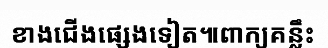
ខាងជើងផ្សេងទៀត៕ពាក្យគន្លឹះ